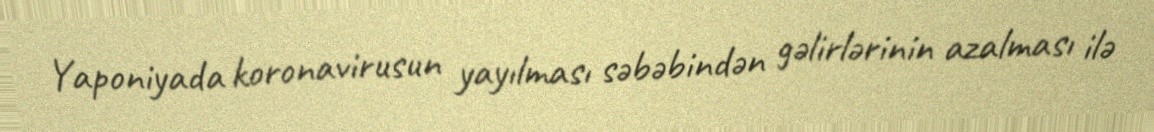
Yaponiyada koronavirusun yayılması səbəbindən gəlirlərinin azalması ilə